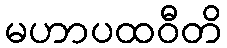
မဟာပထဝီတိ